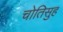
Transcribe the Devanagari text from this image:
चोतिसुह